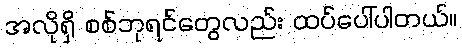
အလိုရှိ စစ်ဘုရင်တွေလည်း ထပ်ပေါ်ပါတယ်။